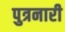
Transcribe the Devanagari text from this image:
पुत्रनारी